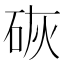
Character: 𪿙